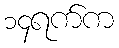
၁၄ရက်က